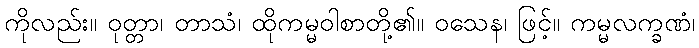
ကိုလည်း။ ဝုတ္တာ၊ တာသံ၊ ထိုကမ္မဝါစာတို့၏။ ဝသေန၊ ဖြင့်။ ကမ္မလက္ခဏံ၊